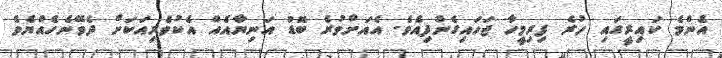
އެންމެ ކައިރީގައި ހުރެ ފިރިމީހާ ޖަހައިގެންފިއެވެ. އެއަށްވުރެ ބޮޑު އަނިޔާއެއް އެކުވެރިއަކަށް ދެވޭނެހެއްޔެވެ